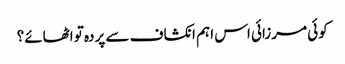
کوئی مرزائی اس اہم انکشاف سے پردہ تو اٹھائے؟